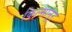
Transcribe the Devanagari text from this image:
किल्मानूर